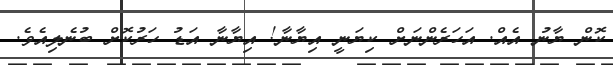
ކޮން ޔާނު އެއް. އަހަރެންނަށް ކިޔަނީ އިޔާނާ! އިޔާނާ އަޑު ހަރުކޮށް ބުނެލިއެވެ.